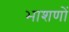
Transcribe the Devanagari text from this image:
भाशणों